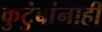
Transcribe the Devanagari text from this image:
कुटुंबांनाही